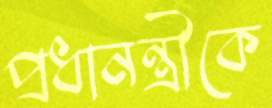
প্রধানন্ত্রীকে